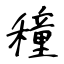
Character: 穜